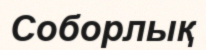
Соборлық